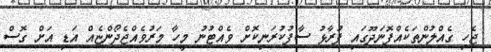
ޖެހި ގެއްލުންތަކެއްފޮނަދޫގައި ފުރާޅު ސާފުކުރަނިކޮށް ވެއްޓުނު މީހާ މަރުވެއްޖެދޯންޏެއް އަޑި އަށް ގޮސް